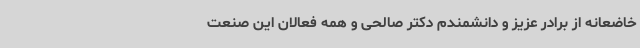
خاضعانه از برادر عزیز و دانشمندم دکتر صالحی و همه فعالان این صنعت